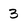
Character: 3